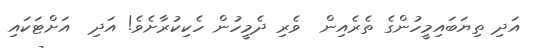
އަދި ތިޔަބައިމީހުންގެ ތެރެއިން  ވެރި ދެމީހުން ހެކިކުރާށެވެ! އަދި  އަށްޓަކައި